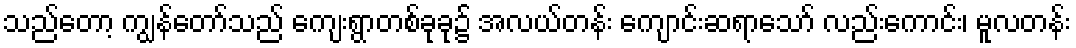
သည်တော့ ကျွန်တော်သည် ကျေးရွာတစ်ခုခု၌ အလယ်တန်း ကျောင်းဆရာသော် လည်းကောင်း၊ မူလတန်း